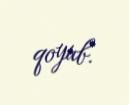
qoyub.